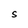
Character: S